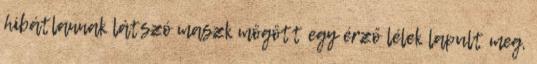
hibátlannak látszó maszk mögött egy érző lélek lapult meg,